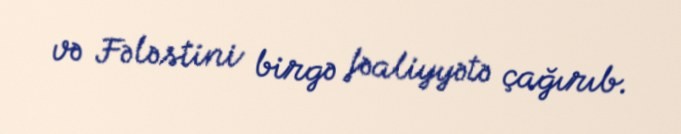
və Fələstini birgə fəaliyyətə çağırıb.